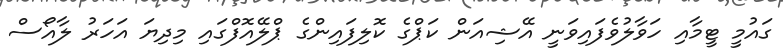
ގައުމީ ޓީމާއި ހަވާލުވެފައިވަނީ އޭޝިއަން ކަޕްގެ ކޮލިފައިންގެ ޕްލޭއޮފްގައި މިދިޔަ އަހަރު ލާއޯސް